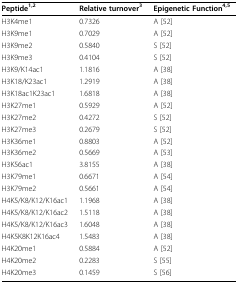
<table><thead><tr><td><b>Peptide<sup>1,2</sup></b></td><td><b>Relative turnover<sup>3</sup></b></td><td><b>Epigenetic Function<sup>4,5</sup></b></td></tr></thead><tbody><tr><td>H3K4me1</td><td>0.7326</td><td>A [52]</td></tr><tr><td>H3K9me1</td><td>0.7029</td><td>A [52]</td></tr><tr><td>H3K9me2</td><td>0.5840</td><td>S [52]</td></tr><tr><td>H3K9me3</td><td>0.4104</td><td>S [52]</td></tr><tr><td>H3K9/K14ac1</td><td>1.1816</td><td>A [38]</td></tr><tr><td>H3K18/K23ac1</td><td>1.2919</td><td>A [38]</td></tr><tr><td>H3K18ac1K23ac1</td><td>1.6818</td><td>A [38]</td></tr><tr><td>H3K27me1</td><td>0.5929</td><td>A [52]</td></tr><tr><td>H3K27me2</td><td>0.4272</td><td>S [52]</td></tr><tr><td>H3K27me3</td><td>0.2679</td><td>S [52]</td></tr><tr><td>H3K36me1</td><td>0.8803</td><td>A [52]</td></tr><tr><td>H3K36me2</td><td>0.5669</td><td>A [53]</td></tr><tr><td>H3K56ac1</td><td>3.8155</td><td>A [38]</td></tr><tr><td>H3K79me1</td><td>0.6671</td><td>A [54]</td></tr><tr><td>H3K79me2</td><td>0.5661</td><td>A [54]</td></tr><tr><td>H4K5/K8/K12/K16ac1</td><td>1.1968</td><td>A [38]</td></tr><tr><td>H4K5/K8/K12/K16ac2</td><td>1.5118</td><td>A [38]</td></tr><tr><td>H4K5/K8/K12/K16ac3</td><td>1.6048</td><td>A [38]</td></tr><tr><td>H4K5K8K12K16ac4</td><td>1.5483</td><td>A [38]</td></tr><tr><td>H4K20me1</td><td>0.5884</td><td>A [52]</td></tr><tr><td>H4K20me2</td><td>0.2283</td><td>S [55]</td></tr><tr><td>H4K20me3</td><td>0.1459</td><td>S [56]</td></tr></tbody></table>